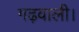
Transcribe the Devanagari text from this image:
गढ़वाली।